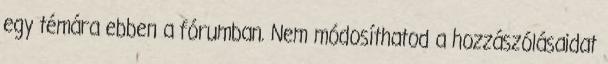
egy témára ebben a fórumban. Nem módosíthatod a hozzászólásaidat